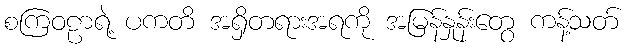
စကြဝဠာရဲ့ ပကတိ အရှိတရားအရကို အမြန်နှုန်းတွေ ကန့်သတ်